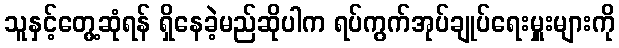
သူနှင့်တွေ့ဆုံရန် ရှိနေခဲ့မည်ဆိုပါက ရပ်ကွက်အုပ်ချုပ်ရေးမှူးများကို